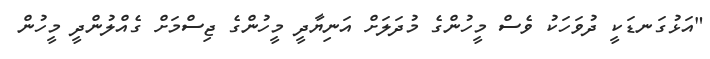
"އަޅުގަނޑަކީ ދުވަހަކު ވެސް މީހުންގެ މުދަލަށް އަނިޔާދީ މީހުންގެ ޖިސްމަށް ގެއްލުންދީ މީހުން